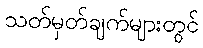
သတ်မှတ်ချက်များတွင်